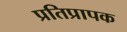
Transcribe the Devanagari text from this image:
प्रतिप्रापक